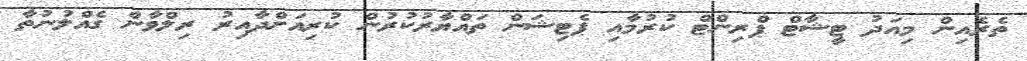
ތެރެއިން މިއަދު ޓީޝާޓް ޕްރިންޓް ކުރުމާއި ޕެޓިޝަން ތައްޔާރުކުރުން ކުރިއަށްދާއިރު ރިލްވާން ގެއްލުނުތާ